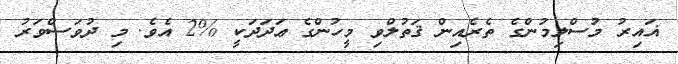
ޣައިރު މުސްލިމުންގެ ތެރެއިން ޤަތުލްވި މީހުންގެ ޢަދަދަކީ %2 އެވެ. މި ދުވަސްވަރު